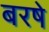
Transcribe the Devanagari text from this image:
बरषे